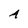
Character: A